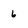
Character: 6